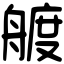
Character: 艔